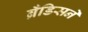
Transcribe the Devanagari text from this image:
ब्रँडिसने